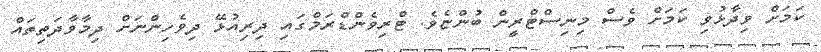
ކަމަށް ވިދާޅުވި ކަމަށް ވެސް މިނިސްޓްރީން ބުންޏެވެ. ޓްރިވެންޑްރަމްގައި ދިރިއުޅޭ ދިވެހިންނަށް ދިމާވާދަތިތައް